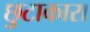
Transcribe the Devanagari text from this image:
छुटाकारा